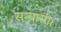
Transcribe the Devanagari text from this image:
सन्यासी।